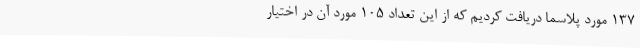
137 مورد پلاسما دریافت کردیم که از این تعداد 105 مورد آن در اختیار